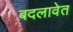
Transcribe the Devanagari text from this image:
बदलावेत